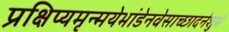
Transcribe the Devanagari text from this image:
प्रक्षिप्यमृन्मयेभांडेनवेसाच्छादनेशुभे